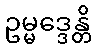
ဥမ္မဒ္ဒေန္တိ